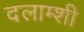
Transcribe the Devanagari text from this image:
दलाम्शी